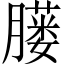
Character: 𦡢